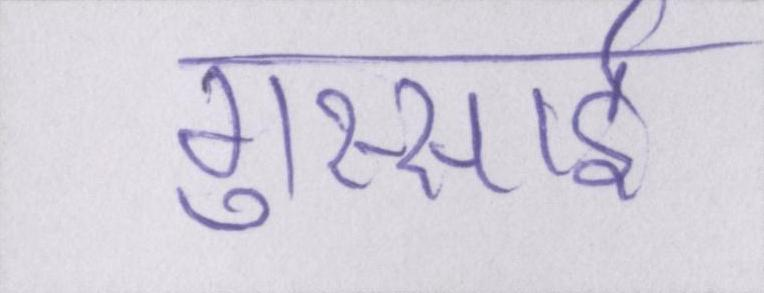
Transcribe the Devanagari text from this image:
गुस्साई